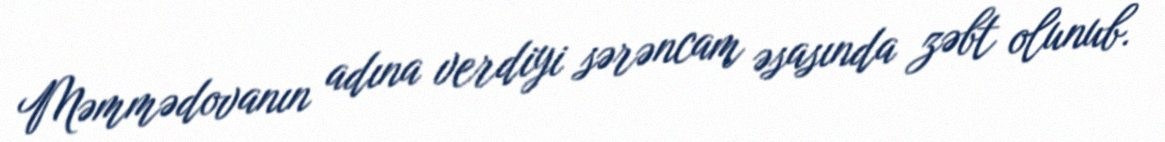
Məmmədovanın adına verdiyi sərəncam əsasında zəbt olunub.